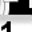
Digit: 1